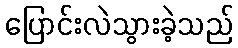
ပြောင်းလဲသွားခဲ့သည်